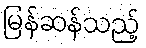
မြန်ဆန်သည့်